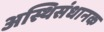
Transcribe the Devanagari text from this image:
अस्थिसंधानक